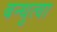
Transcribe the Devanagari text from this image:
बन्धुत्वा